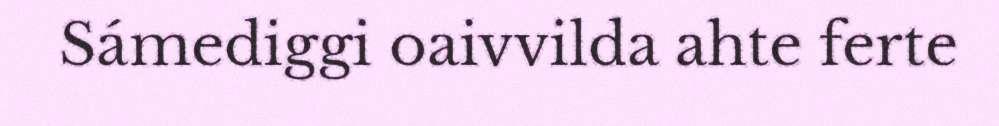
Sámediggi oaivvilda ahte ferte